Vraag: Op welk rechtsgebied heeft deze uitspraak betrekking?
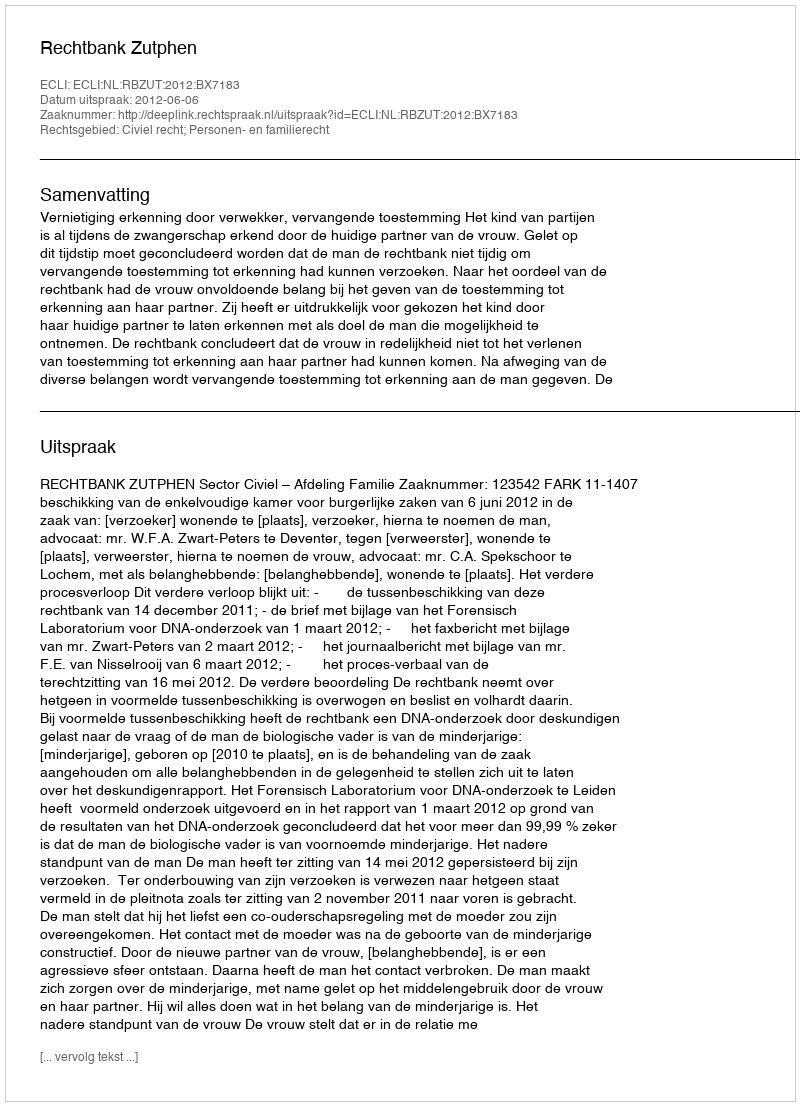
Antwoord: Civiel recht; Personen- en familierecht